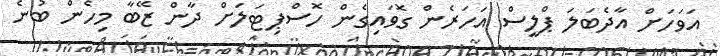
އަވަހަށް އާދެބަލަ ޕްލީސް އަހަރެން ގޮވައިގެން ހޮސްޕިޓަލަށް ދާން ޒޭބާ މިހެން ބުނެ